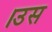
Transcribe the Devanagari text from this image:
।उस